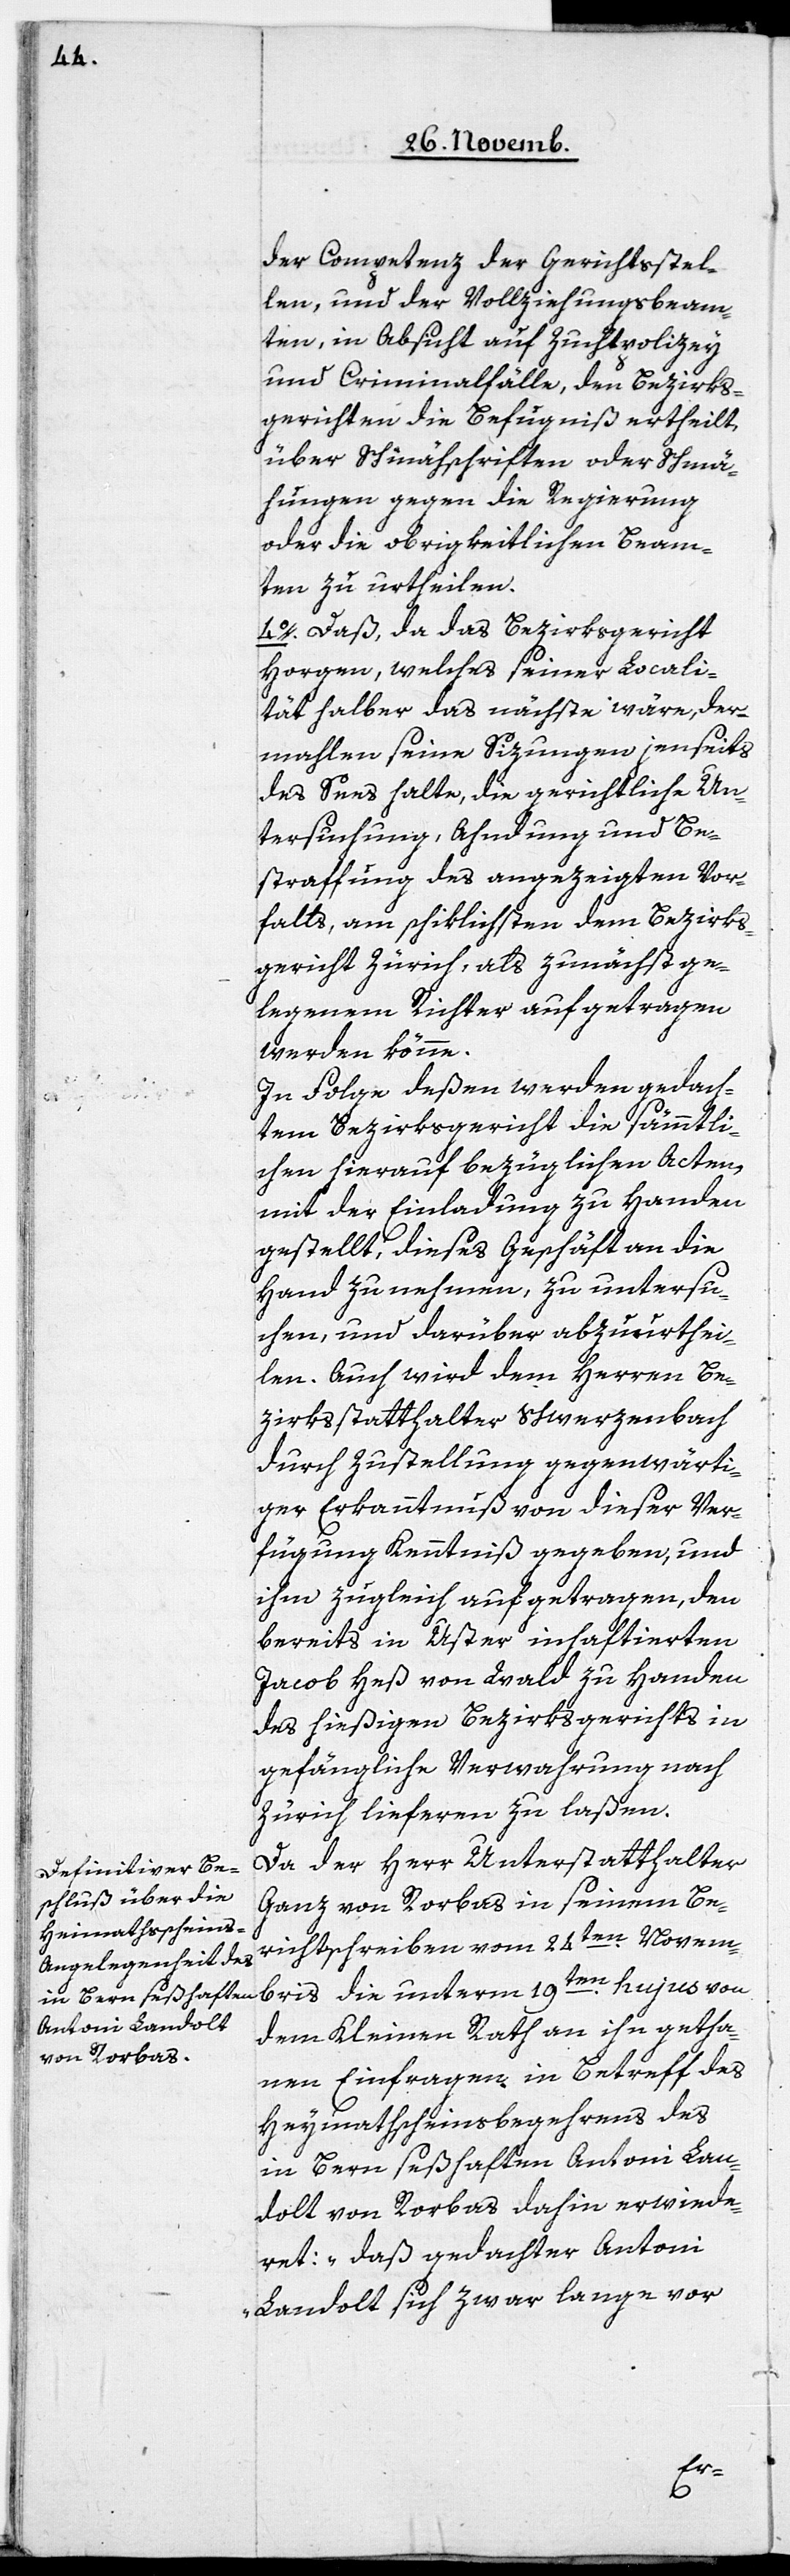
der Competenz der Gerichtsstel¬
len, und der Vollziehungsbeam¬
ten, in Absicht auf Zuchtpolizey
und Criminalfälle, den Bezirks¬
gerichten die Befugniß ertheilt,
über Schmähschriften oder Schmä¬
hungen gegen die Regierung
oder die obrigkeitlichen Beam¬
ten zu urtheilen.
4. Daß, da das Bezirksgericht
Horgen, welches seiner Locali¬
tät halber das nächste wäre, der¬
mahlen seine Sizungen jenseits
des Sees halte, die gerichtliche Un¬
tersuchung, Ahndung und Be¬
straffung des angezeigten Vor¬
falls, am schiklichsten dem Bezirks¬
gericht Zürich, als zunächst ge¬
legenem Richter aufgetragen
werden könne.
In Folge deßen werden gedach¬
tem Bezirksgericht die sämmtli¬
chen hierauf bezüglichen Acten,
mit der Einladung zu Handen
gestellt, dieses Geschäft an die
Hand zu nehmen, zu untersu¬
chen, und darüber abzuurthei¬
len. Auch wird dem Herren Be¬
zirksstatthalter Schwerzenbach
durch Zustellung gegenwärti¬
ger Erkanntnuß von dieser Ver¬
fügung Kenntniß gegeben, und
ihm zugleich aufgetragen, den
bereits in Uster inhaftierten
Jacob Heß von Wald zu Handen
des hießigen Bezirksgerichts in
gefängliche Verwahrung nach
Zürich lieferen zu laßen.
Da der Herr Unterstatthalter
Ganz von Rorbas in seinem Be¬
richtschreiben vom 24ten. Novem¬
bris die unterm 19ten. hujus von
dem Kleinen Rath an ihn getha¬
nen Einfragen in Betreff des
Heymathscheinsbegehrens des
in Bern seßhaften Antoni Lan¬
dolt von Rorbas dahin erwiede¬
ret: „daß gedachter Antoni
Landolt sich zwar lange vor